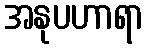
အနုပဟာရာ